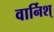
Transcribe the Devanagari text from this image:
वार्निश्